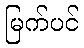
မြက်ပင်